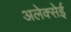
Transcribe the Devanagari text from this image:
अलेक्सेई